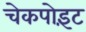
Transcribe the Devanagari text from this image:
चेकपोइंट